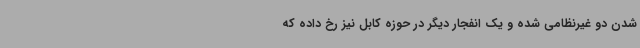
شدن دو غیرنظامی شده و یک انفجار دیگر در حوزه کابل نیز رخ داده که